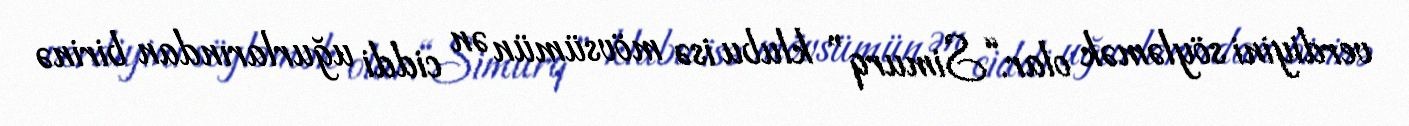
verdiyini söyləmək olar.“Simurq” klubu isə mövsümün ən ciddi uğurlarından birinə